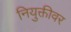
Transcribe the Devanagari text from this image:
नियुक्तीवर